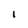
Character: I